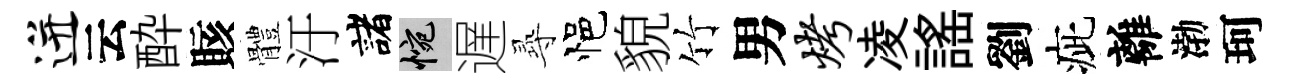
迸云酔賅體汙諸惋遅𡬶悒貌竹男烤凌謡劉疵離渤珂